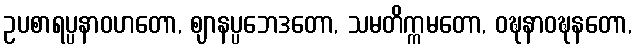
ဥပစာရပ္ပနာဝဟတော, ဈာနပ္ပဘေဒတော, သမတိက္ကမတော, ဝဍ္ဎနာဝဍ္ဎနတော,